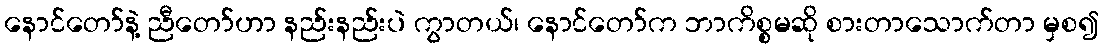
နောင်တော်နဲ့ ညီတော်ဟာ နည်းနည်းပဲ ကွာတယ်၊ နောင်တော်က ဘာကိစ္စမဆို စားတာသောက်တာ မှစ၍